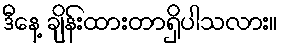
ဒီနေ့ ချိန်းထားတာရှိပါသလား။